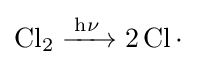
{\ce {Cl2 ->[h\nu] 2Cl.}}